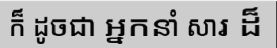
ក៏ ដូចជា អ្នកនាំ សារ ដ៏